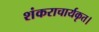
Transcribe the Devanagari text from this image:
शंकराचार्यकृत।